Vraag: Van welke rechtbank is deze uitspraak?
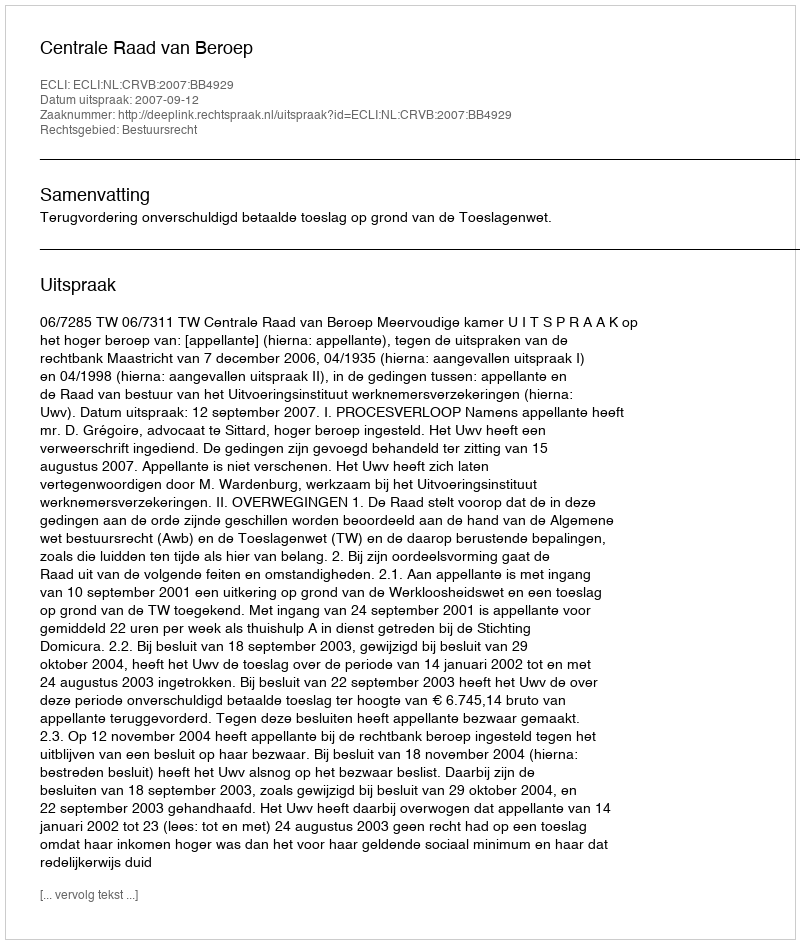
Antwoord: Centrale Raad van Beroep